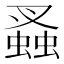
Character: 𧎮